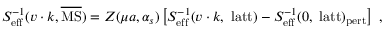
S _ { \mathrm { e f f } } ^ { - 1 } ( v \cdot k , \overline { { \mathrm { M S } } } ) = Z ( \mu a , \alpha _ { s } ) \left[ S _ { \mathrm { e f f } } ^ { - 1 } ( v \cdot k , ~ \mathrm { l a t t } ) - S _ { \mathrm { e f f } } ^ { - 1 } ( 0 , ~ \mathrm { l a t t } ) _ { \mathrm { p e r t } } \right] \ ,